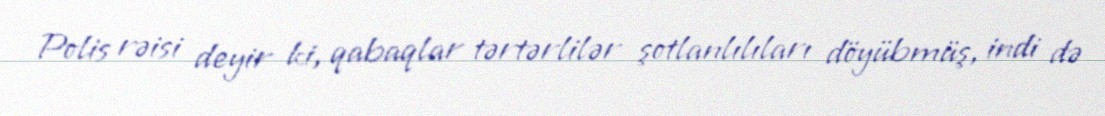
Polis rəisi deyir ki, qabaqlar tərtərlilər şotlanlılıları döyübmüş, indi də